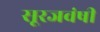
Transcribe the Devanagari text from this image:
सूरजवंषी